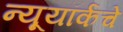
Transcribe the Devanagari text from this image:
न्यूयॉर्कचे